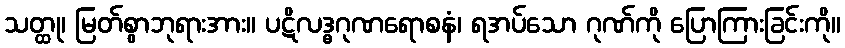
သတ္ထု၊ မြတ်စွာဘုရားအား။ ပဋိလဒ္ဓဂုဏရောစနံ၊ ရအပ်သော ဂုဏ်ကို ပြောကြားခြင်းကို။